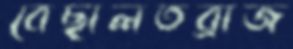
বেছালতব্রাজ